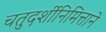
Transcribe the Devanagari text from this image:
चतुदर्शीनिमित्ताने